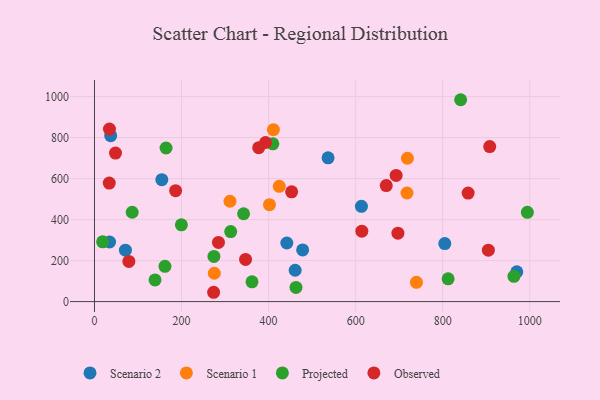
{"axis": {"x": "Price", "y": "Yield"}, "legend": ["Observed", "Projected", "Scenario 1", "Scenario 2"], "data": [{"x": "461.0", "y": 153.0, "type": "Scenario 2"}, {"x": "441.9", "y": 285.8, "type": "Scenario 2"}, {"x": "536.6", "y": 701.4, "type": "Scenario 2"}, {"x": "71.1", "y": 250.8, "type": "Scenario 2"}, {"x": "970.2", "y": 145.3, "type": "Scenario 2"}, {"x": "804.8", "y": 283.1, "type": "Scenario 2"}, {"x": "34.7", "y": 290.7, "type": "Scenario 2"}, {"x": "37.2", "y": 809.7, "type": "Scenario 2"}, {"x": "478.2", "y": 252.3, "type": "Scenario 2"}, {"x": "154.7", "y": 594.9, "type": "Scenario 2"}, {"x": "613.3", "y": 465.0, "type": "Scenario 2"}, {"x": "411.0", "y": 838.7, "type": "Scenario 1"}, {"x": "717.9", "y": 529.8, "type": "Scenario 1"}, {"x": "424.5", "y": 562.5, "type": "Scenario 1"}, {"x": "739.7", "y": 93.9, "type": "Scenario 1"}, {"x": "718.9", "y": 699.3, "type": "Scenario 1"}, {"x": "402.0", "y": 472.8, "type": "Scenario 1"}, {"x": "311.3", "y": 489.5, "type": "Scenario 1"}, {"x": "275.3", "y": 138.3, "type": "Scenario 1"}, {"x": "361.9", "y": 96.5, "type": "Projected"}, {"x": "963.6", "y": 123.3, "type": "Projected"}, {"x": "161.9", "y": 172.1, "type": "Projected"}, {"x": "462.9", "y": 69.4, "type": "Projected"}, {"x": "274.4", "y": 220.5, "type": "Projected"}, {"x": "812.4", "y": 111.0, "type": "Projected"}, {"x": "86.6", "y": 435.9, "type": "Projected"}, {"x": "994.5", "y": 435.6, "type": "Projected"}, {"x": "139.1", "y": 105.7, "type": "Projected"}, {"x": "342.6", "y": 428.5, "type": "Projected"}, {"x": "841.2", "y": 984.9, "type": "Projected"}, {"x": "409.8", "y": 769.8, "type": "Projected"}, {"x": "164.4", "y": 749.5, "type": "Projected"}, {"x": "312.9", "y": 341.4, "type": "Projected"}, {"x": "18.7", "y": 291.8, "type": "Projected"}, {"x": "199.6", "y": 374.4, "type": "Projected"}, {"x": "452.9", "y": 535.6, "type": "Observed"}, {"x": "858.4", "y": 529.7, "type": "Observed"}, {"x": "284.8", "y": 288.9, "type": "Observed"}, {"x": "33.9", "y": 578.2, "type": "Observed"}, {"x": "79.0", "y": 196.2, "type": "Observed"}, {"x": "186.4", "y": 541.2, "type": "Observed"}, {"x": "670.3", "y": 566.1, "type": "Observed"}, {"x": "904.9", "y": 250.7, "type": "Observed"}, {"x": "377.3", "y": 751.1, "type": "Observed"}, {"x": "48.3", "y": 724.5, "type": "Observed"}, {"x": "273.7", "y": 45.5, "type": "Observed"}, {"x": "34.4", "y": 841.6, "type": "Observed"}, {"x": "908.0", "y": 756.3, "type": "Observed"}, {"x": "693.0", "y": 615.7, "type": "Observed"}, {"x": "614.2", "y": 343.5, "type": "Observed"}, {"x": "697.1", "y": 333.8, "type": "Observed"}, {"x": "347.1", "y": 206.0, "type": "Observed"}, {"x": "393.0", "y": 776.1, "type": "Observed"}]}